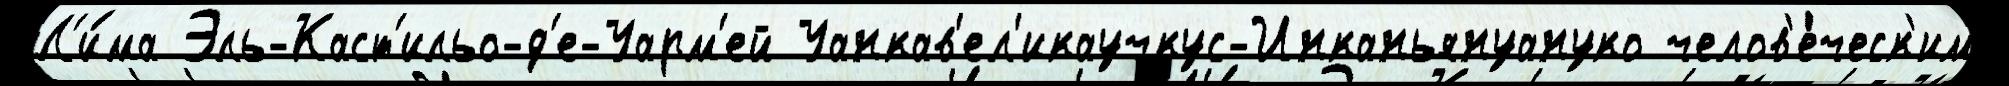
Л'и́ма Эль-Каст'ильо-д'е-Уарм'ей Уанкав'ел'икаучкус-Инканьянуануко челов'е́ческ'им